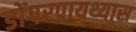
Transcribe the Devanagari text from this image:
डोंगरपायथ्यास